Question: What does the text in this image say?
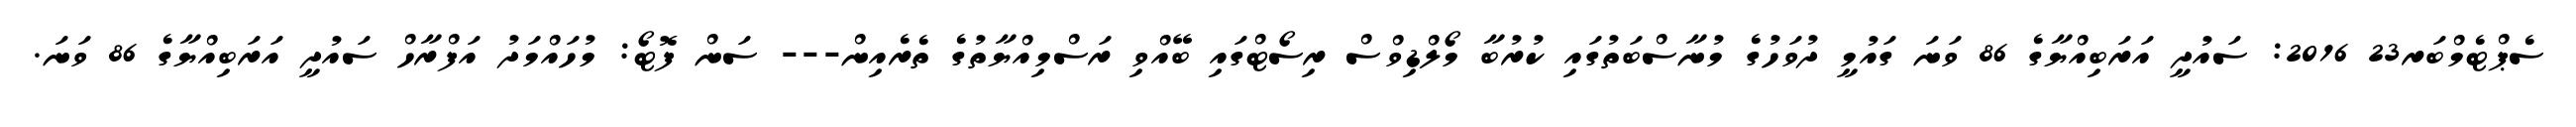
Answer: ސެޕްޓެމްބަރ23 2016: ސައުދީ އަރަބިއްޔާގެ 86 ވަނަ ގައުމީ ދުވަހުގެ މުނާސްބަތުގައި ކުރުބާ މޯލްޑިވްސް ރިސޯޓްގައި ބޭއްވި ރަސްމިއްޔާތުގެ ތެރެއިން--- ސަން ފޮޓޯ: މުހައްމަދު އަފްރާހް ސައުދީ އަރަބިއްޔާގެ 86 ވަނަ.